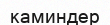
каминдер